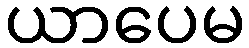
ယာပေမ